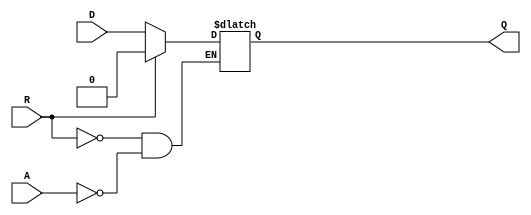
module async_register (
    input wire D,        // Data input
    input wire A,        // Asynchronous control signal
    input wire R,        // Reset signal
    output reg Q         // Data output
);

// Asynchronous behavior: Reset takes precedence over control signal
always @(*) begin
    if (R) begin
        Q <= 1'b0;      // Reset the output to 0
    end else if (A) begin
        Q <= D;         // Capture the input data when control signal is asserted
    end
    // If neither R nor A is asserted, Q retains its previous value
end

endmodule